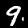
Digit: 9